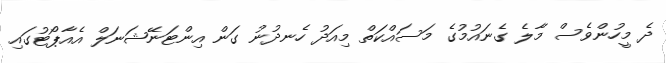
ދެ މީހުންވެސް މާލެ ގެނައުމުގެ މަސައްކަތް މިއަދު ހެނދުނު ގަން އިންޓަނޭޝަނަލް އެއާޕޯޓުގައި